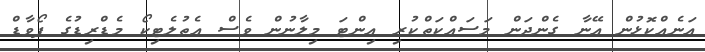
އަނެއްކޮޅުން އޭނާ ގެންދަން މަސައްކަތްކުރި އިންޓަ މިލާނުން ވެސް އެތުލެޓިކޯ މެޑްރިޑުގެ ފޯވާޑް